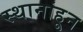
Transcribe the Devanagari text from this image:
स्थानांहून